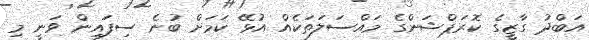
އަބްދު ގާޒީގެ ކޮރަޕްޝަންގެ މައްސަލަތަކެއް އުޅޭ ކަމަށް ބުނެ ސިފައިން ވަނީ މި